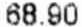
68.90